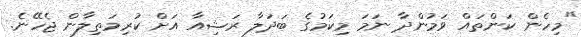
"މިހެން ކަންތައް ވަމުންދާ ނަމަ މިކަމުގެ ބަދަލާ ރަޝިއާ އަށް ކުރިމަތިލާން ޖެހޭނެ.